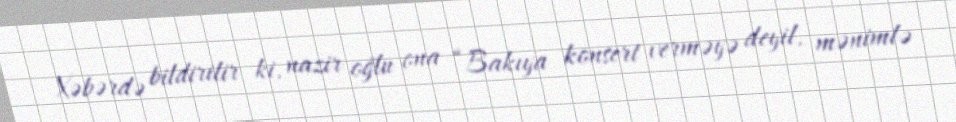
Xəbərdə bildirilir ki, nazir oğlu ona “Bakıya konsert verməyə deyil, mənimlə